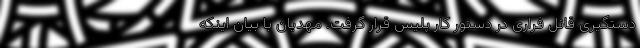
دستگیری قاتل فراری در دستور کار پلیس قرار گرفت. مهدیان با بیان اینکه